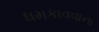
ધમકાવવાના